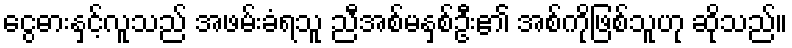
ငွေဓားနှင့်လူသည် အဖမ်းခံရသူ ညီအစ်မနှစ်ဦး၏ အစ်ကိုဖြစ်သူဟု ဆိုသည်။